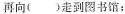
再向（ ）走到图书馆；